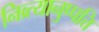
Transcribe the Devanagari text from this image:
निव्र्त्यानुप्पत्ति